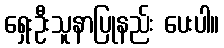
ရှေးဦးသူနာပြုနည်း ပေးပါ။